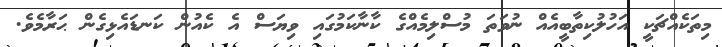
މިތަކެއްޗަކީ އަހުލުކިތާބީއެއް ނުވަތަ މުސްލިމެއްގެ ކާނާކަމުގައި ވިޔަސް އެ ކެއުން ކަނޑައެޅިގެން ޙަރާމެވެ.